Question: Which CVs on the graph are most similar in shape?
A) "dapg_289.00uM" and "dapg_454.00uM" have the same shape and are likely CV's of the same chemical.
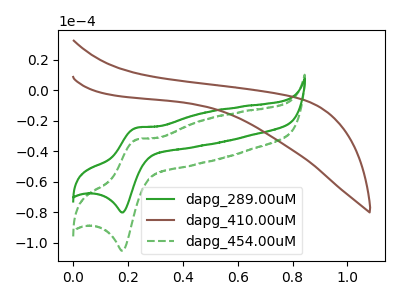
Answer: <think>The green curve "dapg_289.00uM" has an anodic peak at (0.25V, -24.70uA) and a cathodic peak at (0.20V, -80.20uA). The brown curve "dapg_410.00uM" has no peaks. The green dashed curve "dapg_454.00uM" has an anodic peak at (0.25V, -32.45uA) and a cathodic peak at (0.20V, -105.35uA).
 "dapg_289.00uM" and "dapg_410.00uM" have a different number of peaks. All the peaks in "dapg_289.00uM" have a peak in "dapg_454.00uM" at the same potential. "dapg_410.00uM" and "dapg_454.00uM" have a different number of peaks.</think>
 <answer>A) "dapg_289.00uM" and "dapg_454.00uM" have the same shape and are likely CV's of the same chemical.</answer>
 <eval>A</eval>